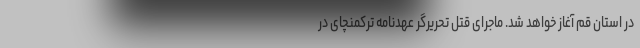
در استان قم آغاز خواهد شد. ماجرای قتل تحریرگر عهدنامه ترکمنچای در